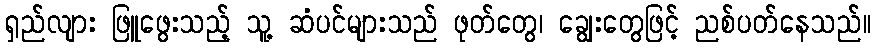
ရှည်လျား ဖြူဖွေးသည့် သူ့ ဆံပင်များသည် ဖုတ်တွေ၊ ချွေးတွေဖြင့် ညစ်ပတ်နေသည်။